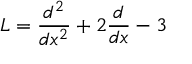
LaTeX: L = { \frac { d ^ { 2 } } { d x ^ { 2 } } } + 2 { \frac { d } { d x } } - 3